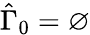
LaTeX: \hat{\Gamma}_{0}=\varnothing